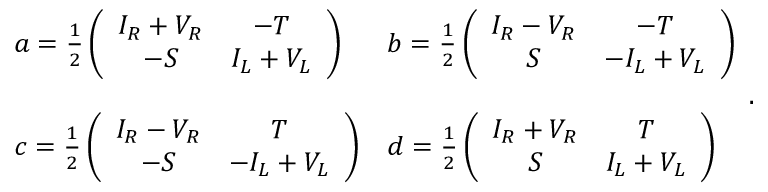
\begin{array} { l l } { { a = \frac { 1 } { 2 } \left( \begin{array} { c c } { { I _ { R } + V _ { R } } } & { { - T } } \\ { { - S } } & { { I _ { L } + V _ { L } } } \end{array} \right) } } & { { b = \frac { 1 } { 2 } \left( \begin{array} { c c } { { I _ { R } - V _ { R } } } & { { - T } } \\ { { S } } & { { - I _ { L } + V _ { L } } } \end{array} \right) } } \\ { { } } & { { } } \\ { { c = \frac { 1 } { 2 } \left( \begin{array} { c c } { { I _ { R } - V _ { R } } } & { { T } } \\ { { - S } } & { { - I _ { L } + V _ { L } } } \end{array} \right) } } & { { d = \frac { 1 } { 2 } \left( \begin{array} { c c } { { I _ { R } + V _ { R } } } & { { T } } \\ { { S } } & { { I _ { L } + V _ { L } } } \end{array} \right) } } \end{array} .